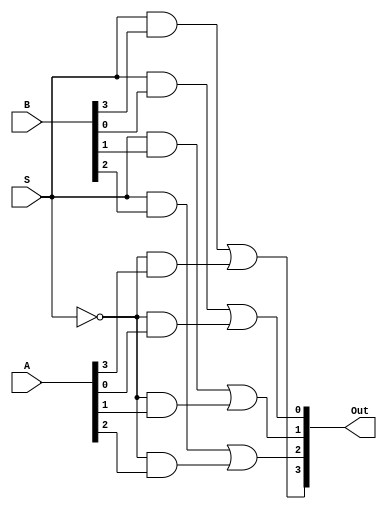
module ttl74157(Out, S, A, B);
    output [3:0] Out;
    input S;
    input [3:0] A;
    input [3:0] B;

    assign #20 Out[0] = (S & B[0]) | (!S & A[0]);
    assign #20 Out[1] = (S & B[1]) | (!S & A[1]);
    assign #20 Out[2] = (S & B[2]) | (!S & A[2]);
    assign #20 Out[3] = (S & B[3]) | (!S & A[3]);
endmodule